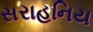
સરાહનિય